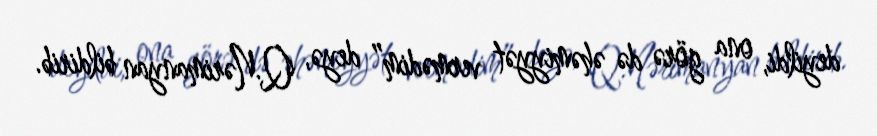
deyildi, ona görə də əhəmiyyət vermədim” deyə, Q.Nərimanyan bildirib.